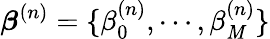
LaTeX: \boldsymbol{\beta}^{(n)}=\{ \beta_{0}^{(n)},\cdots,\beta_{\mathit{M}}^{(n)}\}